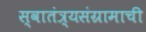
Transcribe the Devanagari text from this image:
स्वातंत्र्यसंग्रामाची